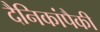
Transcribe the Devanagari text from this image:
दैनिकांपैकी